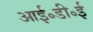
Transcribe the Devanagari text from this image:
आई॰डी॰ई